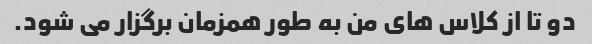
دو تا از کلاس های من به طور همزمان برگزار می شود.